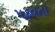
પકવતા